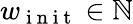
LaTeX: w_{\mathrm{~i~n~i~t~}}\in\mathbb{N}